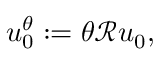
u _ { 0 } ^ { \theta } : = \theta \mathcal { R } u _ { 0 } ,